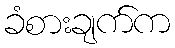
ခံစားချက်က